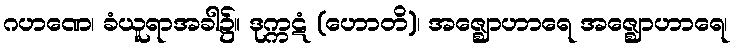
ဂဟဏေ၊ ခံယူရာအခါ၌။ ဒုက္ကဋံ (ဟောတိ)၊ အဇ္ဈောဟာရေ အဇ္ဈောဟာရေ၊